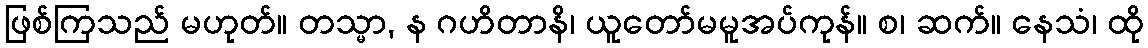
ဖြစ်ကြသည် မဟုတ်။ တသ္မာ, န ဂဟိတာနိ၊ ယူတော်မမူအပ်ကုန်။ စ၊ ဆက်။ နေသံ၊ ထို